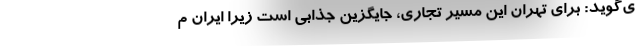
ی‌گوید: برای تهران این مسیر تجاری، جایگزین جذابی است زیرا ایران م